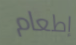
إطعام